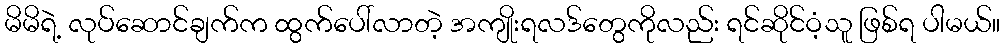
မိမိရဲ့ လုပ်ဆောင်ချက်က ထွက်ပေါ်လာတဲ့ အကျိုးရလဒ်တွေကိုလည်း ရင်ဆိုင်ဝံ့သူ ဖြစ်ရ ပါမယ်။